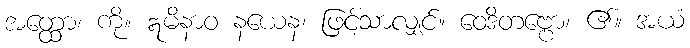
အတ္ထော၊ ကို။ ဣမိနာဝ နယေန၊ ဖြင့်သာလျှင်။ ဝေဒိတဗ္ဗော၊ ၏။ အယံ